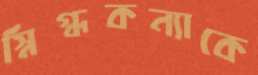
স্নিগ্ধকন্যাকে